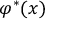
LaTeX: \varphi ^ { * } ( x )